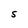
Character: S